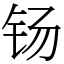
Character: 钖